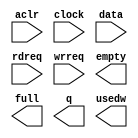
// megafunction wizard: %FIFO%VBB%
// GENERATION: STANDARD
// VERSION: WM1.0
// MODULE: scfifo 

// ============================================================
// Megafunction Name(s):
// 			scfifo
//
// Simulation Library Files(s):
// 			altera_mf
// ============================================================
// ************************************************************
// THIS IS A WIZARD-GENERATED FILE. DO NOT EDIT THIS FILE!
//
// 9.0 Build 132 02/25/2009 SJ Full Version
// ************************************************************

//Copyright (C) 1991-2009 Altera Corporation
//Your use of Altera Corporation's design tools, logic functions 
//and other software and tools, and its AMPP partner logic 
//functions, and any output files from any of the foregoing 
//(including device programming or simulation files), and any 
//associated documentation or information are expressly subject 
//to the terms and conditions of the Altera Program License 
//Subscription Agreement, Altera MegaCore Function License 
//Agreement, or other applicable license agreement, including, 
//without limitation, that your use is for the sole purpose of 
//programming logic devices manufactured by Altera and sold by 
//Altera or its authorized distributors.  Please refer to the 
//applicable agreement for further details.

module fifo5 (
	aclr,
	clock,
	data,
	rdreq,
	wrreq,
	empty,
	full,
	q,
	usedw);

	input	  aclr;
	input	  clock;
	input	[31:0]  data;
	input	  rdreq;
	input	  wrreq;
	output	  empty;
	output	  full;
	output	[31:0]  q;
	output	[5:0]  usedw;

endmodule

// ============================================================
// CNX file retrieval info
// ============================================================
// Retrieval info: PRIVATE: AlmostEmpty NUMERIC "0"
// Retrieval info: PRIVATE: AlmostEmptyThr NUMERIC "-1"
// Retrieval info: PRIVATE: AlmostFull NUMERIC "0"
// Retrieval info: PRIVATE: AlmostFullThr NUMERIC "-1"
// Retrieval info: PRIVATE: CLOCKS_ARE_SYNCHRONIZED NUMERIC "1"
// Retrieval info: PRIVATE: Clock NUMERIC "0"
// Retrieval info: PRIVATE: Depth NUMERIC "64"
// Retrieval info: PRIVATE: Empty NUMERIC "1"
// Retrieval info: PRIVATE: Full NUMERIC "1"
// Retrieval info: PRIVATE: INTENDED_DEVICE_FAMILY STRING "Cyclone II"
// Retrieval info: PRIVATE: LE_BasedFIFO NUMERIC "0"
// Retrieval info: PRIVATE: LegacyRREQ NUMERIC "1"
// Retrieval info: PRIVATE: MAX_DEPTH_BY_9 NUMERIC "0"
// Retrieval info: PRIVATE: OVERFLOW_CHECKING NUMERIC "0"
// Retrieval info: PRIVATE: Optimize NUMERIC "0"
// Retrieval info: PRIVATE: RAM_BLOCK_TYPE NUMERIC "0"
// Retrieval info: PRIVATE: SYNTH_WRAPPER_GEN_POSTFIX STRING "0"
// Retrieval info: PRIVATE: UNDERFLOW_CHECKING NUMERIC "0"
// Retrieval info: PRIVATE: UsedW NUMERIC "1"
// Retrieval info: PRIVATE: Width NUMERIC "32"
// Retrieval info: PRIVATE: dc_aclr NUMERIC "0"
// Retrieval info: PRIVATE: diff_widths NUMERIC "0"
// Retrieval info: PRIVATE: msb_usedw NUMERIC "0"
// Retrieval info: PRIVATE: output_width NUMERIC "32"
// Retrieval info: PRIVATE: rsEmpty NUMERIC "1"
// Retrieval info: PRIVATE: rsFull NUMERIC "0"
// Retrieval info: PRIVATE: rsUsedW NUMERIC "0"
// Retrieval info: PRIVATE: sc_aclr NUMERIC "1"
// Retrieval info: PRIVATE: sc_sclr NUMERIC "0"
// Retrieval info: PRIVATE: wsEmpty NUMERIC "0"
// Retrieval info: PRIVATE: wsFull NUMERIC "1"
// Retrieval info: PRIVATE: wsUsedW NUMERIC "0"
// Retrieval info: CONSTANT: ADD_RAM_OUTPUT_REGISTER STRING "OFF"
// Retrieval info: CONSTANT: INTENDED_DEVICE_FAMILY STRING "Cyclone II"
// Retrieval info: CONSTANT: LPM_NUMWORDS NUMERIC "64"
// Retrieval info: CONSTANT: LPM_SHOWAHEAD STRING "OFF"
// Retrieval info: CONSTANT: LPM_TYPE STRING "scfifo"
// Retrieval info: CONSTANT: LPM_WIDTH NUMERIC "32"
// Retrieval info: CONSTANT: LPM_WIDTHU NUMERIC "6"
// Retrieval info: CONSTANT: OVERFLOW_CHECKING STRING "ON"
// Retrieval info: CONSTANT: UNDERFLOW_CHECKING STRING "ON"
// Retrieval info: CONSTANT: USE_EAB STRING "ON"
// Retrieval info: USED_PORT: aclr 0 0 0 0 INPUT NODEFVAL aclr
// Retrieval info: USED_PORT: clock 0 0 0 0 INPUT NODEFVAL clock
// Retrieval info: USED_PORT: data 0 0 32 0 INPUT NODEFVAL data[31..0]
// Retrieval info: USED_PORT: empty 0 0 0 0 OUTPUT NODEFVAL empty
// Retrieval info: USED_PORT: full 0 0 0 0 OUTPUT NODEFVAL full
// Retrieval info: USED_PORT: q 0 0 32 0 OUTPUT NODEFVAL q[31..0]
// Retrieval info: USED_PORT: rdreq 0 0 0 0 INPUT NODEFVAL rdreq
// Retrieval info: USED_PORT: usedw 0 0 6 0 OUTPUT NODEFVAL usedw[5..0]
// Retrieval info: USED_PORT: wrreq 0 0 0 0 INPUT NODEFVAL wrreq
// Retrieval info: CONNECT: @data 0 0 32 0 data 0 0 32 0
// Retrieval info: CONNECT: q 0 0 32 0 @q 0 0 32 0
// Retrieval info: CONNECT: @wrreq 0 0 0 0 wrreq 0 0 0 0
// Retrieval info: CONNECT: @rdreq 0 0 0 0 rdreq 0 0 0 0
// Retrieval info: CONNECT: @clock 0 0 0 0 clock 0 0 0 0
// Retrieval info: CONNECT: full 0 0 0 0 @full 0 0 0 0
// Retrieval info: CONNECT: empty 0 0 0 0 @empty 0 0 0 0
// Retrieval info: CONNECT: usedw 0 0 6 0 @usedw 0 0 6 0
// Retrieval info: CONNECT: @aclr 0 0 0 0 aclr 0 0 0 0
// Retrieval info: LIBRARY: altera_mf altera_mf.altera_mf_components.all
// Retrieval info: GEN_FILE: TYPE_NORMAL fifo5.v TRUE
// Retrieval info: GEN_FILE: TYPE_NORMAL fifo5.inc FALSE
// Retrieval info: GEN_FILE: TYPE_NORMAL fifo5.cmp FALSE
// Retrieval info: GEN_FILE: TYPE_NORMAL fifo5.bsf FALSE
// Retrieval info: GEN_FILE: TYPE_NORMAL fifo5_inst.v FALSE
// Retrieval info: GEN_FILE: TYPE_NORMAL fifo5_bb.v TRUE
// Retrieval info: GEN_FILE: TYPE_NORMAL fifo5_waveforms.html TRUE
// Retrieval info: GEN_FILE: TYPE_NORMAL fifo5_wave*.jpg FALSE
// Retrieval info: LIB_FILE: altera_mf